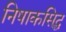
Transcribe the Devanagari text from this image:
निषाकसिद्ध